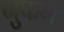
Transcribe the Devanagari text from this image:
गुफग